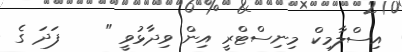
އިސްލާމިކް މިނިސްޓްރީ އިން ވިދާޅުވީ "    ފަދަ ގެ